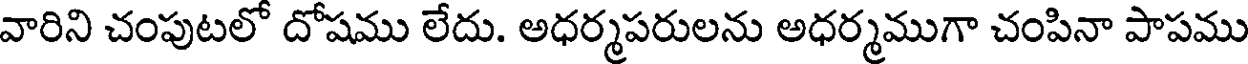
వారిని చంపుటలో దోషము లేదు. అధర్మపరులను అధర్మముగా చంపినా పాపము